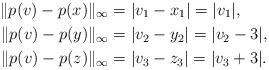
LaTeX: \begin{align*}\|p(v)-p(x)\|_{\infty} &= |v_1-x_1| = |v_1|, \\\|p(v)-p(y)\|_{\infty} &= |v_2-y_2|= |v_2-3|, \\\|p(v)-p(z)\|_{\infty} &= |v_3-z_3|=|v_3+3|. \end{align*}